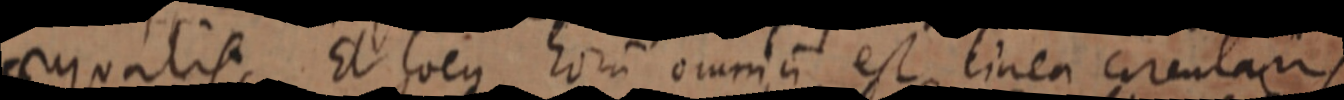
aequalis Et locus horum omnium est linea circularis